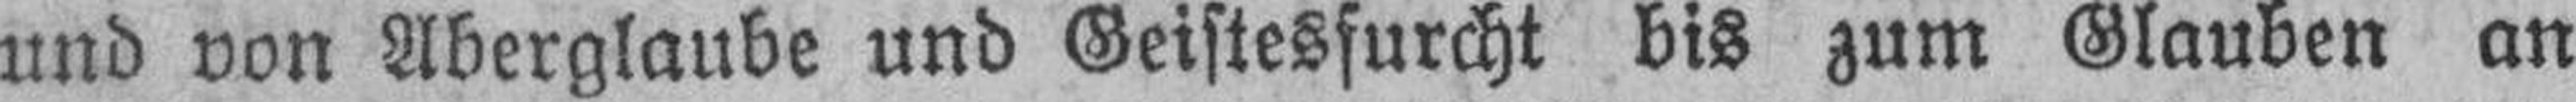
und von Aberglaube und Geistesfurcht bis zum Glauben an